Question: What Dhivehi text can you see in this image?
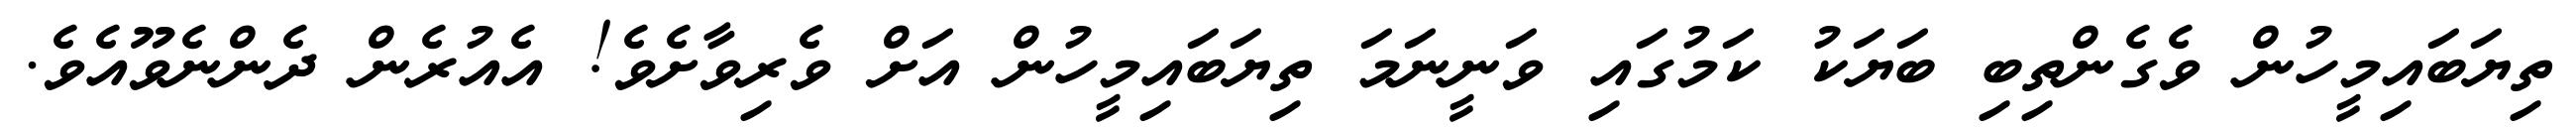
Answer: ތިޔަބައިމީހުން ވެގެންތިބި ބަޔަކު ކަމުގައި ވަނީނަމަ ތިޔަބައިމީހުން އަށް ވެރިވާށެވެ! އެއުރެން ދެންނެވޫއެވެ.